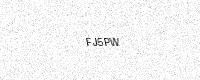
Text: FJ5PW